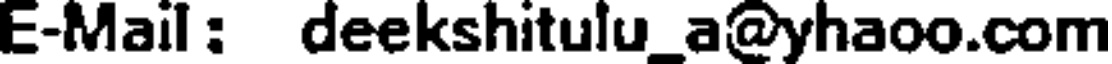
E-Mail: deekshitulu_a@yhaoo.com